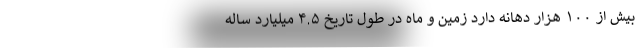
بیش از ۱۰۰ هزار دهانه دارد زمین و ماه در طول تاریخ ۴.۵ میلیارد ساله